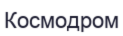
Космодром